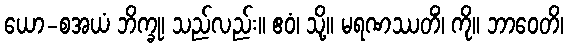
ယော-စအယံ ဘိက္ခု၊ သည်လည်း။ ဧဝံ၊ သို့။ မရဏဿတိံ၊ ကို။ ဘာဝေတိ၊